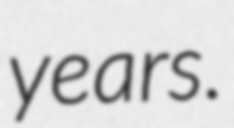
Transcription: years.